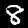
Digit: 8